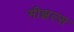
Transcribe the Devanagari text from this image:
मीझल्स